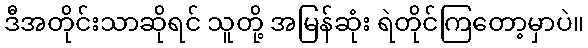
ဒီအတိုင်းသာဆိုရင် သူတို့ အမြန်ဆုံး ရဲတိုင်ကြတော့မှာပဲ။